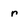
Character: r